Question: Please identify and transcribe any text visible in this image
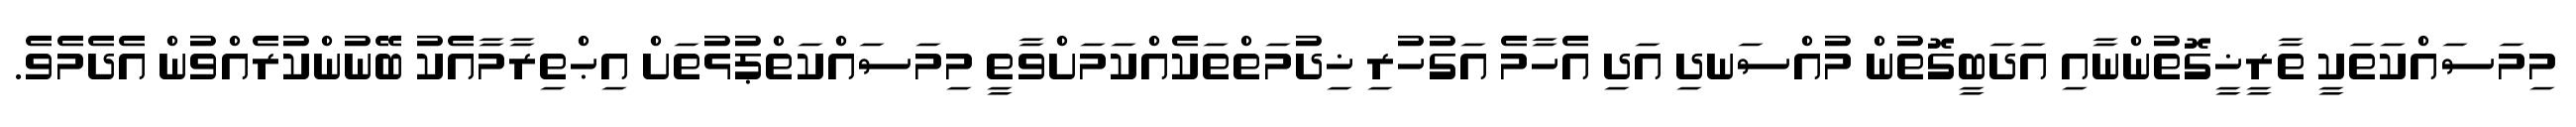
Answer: މިމަސައްކަތަކީ ތާރީޚީގޮތުންނާއި އަދަބީގޮތުން މުއްސަނދި އަދި އެހާމެ އަގުހުރި ޚިދުމަތްތަކެއްކަމަށްވާތީ މިމަސައްކަތްޕުޅުތަށް އިޙްތިރާމާއެކު ބޭނުންކުރެއްވުން އެދެމެވެ.